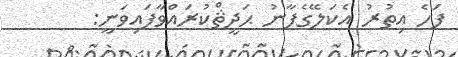
ފަހެ އިތުރު އެކަލޭގެފާނު ޙަދީޘްކުރައްވާފައިވަނީ: